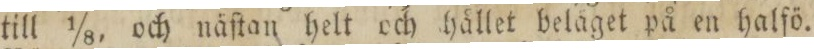
till ⅛, och näſtan helt och hållet belåget på en halfö.